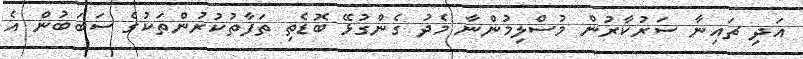
އަދި ޗައިނާ ސަރުކާރުން މުސްލިމުންނާ މެދު ގެންގުޅޭ ބޮޑެތި ތަފާތުކުރުންތަކުގެ ސަބަބުން އެ